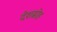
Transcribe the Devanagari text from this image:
देशस्रोह